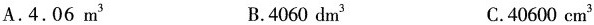
A.4.06m^{3} B.4060dm^{3} C.40600cm^{3}